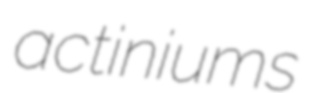
actiniums